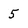
Character: 5